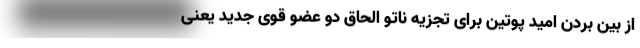
از بین بردن امید پوتین برای تجزیه ناتو الحاق دو عضو قوی جدید یعنی